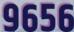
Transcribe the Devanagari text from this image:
९६५६